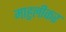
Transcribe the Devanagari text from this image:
माहुलीकर